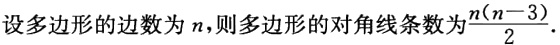
设多边形的边数为\(n\)，则多边形的对角线条数为\(\frac{n(n - 3)}{2}\)。